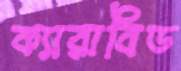
ক্যারাবিড